Plague in India, 1896, 1897 - Volume 1
Year: 1896
Disease focus: Plague
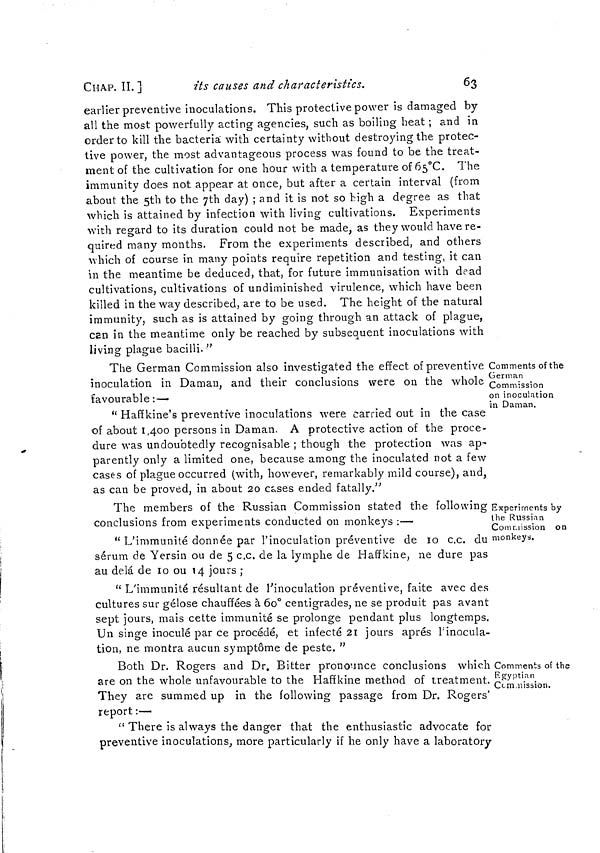
CHAP. II.]
its causes and characteristics.
63
earlier preventive inoculations. This protective power is damaged by
all the most powerfully acting agencies, such as boiling heat ; and in
order to kill the bacteria with certainty without destroying the protec-
tive power, the most advantageous process was found to be the treat-
ment of the cultivation for one hour with a temperature of 65°C. The
immunity does not appear at once, but after a certain interval (from
about the 5th to the 7th day) ; and it is not so high a degree as that
which is attained by infection with living cultivations. Experiments
with regard to its duration could not be made, as they would have re-
quired many months. From the experiments described, and others
which of course in many points require repetition and testing, it can
in the meantime be deduced, that, for future immunisation with dead
cultivations, cultivations of undiminished virulence, which have been
killed in the way described, are to be used. The height of the natural
immunity, such as is attained by going through an attack of plague,
can in the meantime only be reached by subsequent inoculations with
living plague bacilli. "
Comments of the
German
Commission
on inoculation
in Daman.
The German Commission also investigated the effect of preventive
inoculation in Daman, and their conclusions were on the whole
favourable :—
" Haffkine's preventive inoculations were carried out in the case
of about 1,400 persons in Daman. A protective action of the proce-
dure was undoubtedly recognisable ; though the protection was ap-
parently only a limited one, because among the inoculated not a few
cases of plague occurred (with, however, remarkably mild course), and,
as can be proved, in about 20 cases ended fatally."
Experiments by
the Russian
Commission or
monkeys.
The members of the Russian Commission stated the following
conclusions from experiments conducted on monkeys :—
" L'immunité donnée par l'inoculation préventive de 10 c.c. du
sérum de Yersin ou de 5 c.c. de la lymphe de Haffkine, ne dure pas
au delá de 10 ou 14 jours ;
" L'immunité résultant de l'inoculation préventive, faite avec des
cultures sur gélose chauffées à 60° centigrades, ne se produit pas avant
sept jours, mais cette immunité se prolonge pendant plus longtemps.
Un singe inoculé par ce procédé, et infecté 21 jours après l'inocula-
tion, ne montra aucun symptôme de peste. "
Comments of the
Egyptian
Commission.
Both Dr. Rogers and Dr. Bitter pronounce conclusions which
are on the whole unfavourable to the Haffkine method of treatment.
They are summed up in the following passage from Dr. Rogers'
report:—
" There is always the danger that the enthusiastic advocate for
preventive inoculations, more particularly if he only have a laboratory